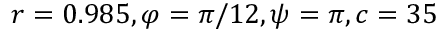
r = 0 . 9 8 5 , \varphi = \pi / 1 2 , \psi = \pi , c = 3 5